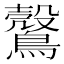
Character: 𪆪